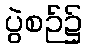
ပွဲစဉ်၌